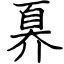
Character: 奡